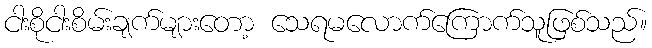
ငါးစိုငါးစိမ်းချက်များတော့ သေရမလောက်ကြောက်သူဖြစ်သည်။